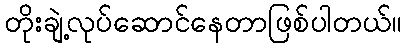
တိုးချဲ့လုပ်ဆောင်နေတာဖြစ်ပါတယ်။